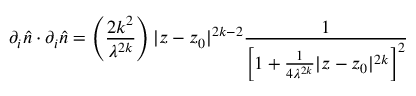
\partial _ { i } \hat { n } \cdot \partial _ { i } \hat { n } = \left( \frac { 2 k ^ { 2 } } { \lambda ^ { 2 k } } \right) | z - z _ { 0 } | ^ { 2 k - 2 } \frac { 1 } { \left[ 1 + \frac { 1 } { 4 \lambda ^ { 2 k } } | z - z _ { 0 } | ^ { 2 k } \right] ^ { 2 } }